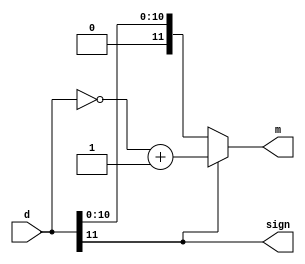
`timescale 1ns / 1ps

module twos_complement_to_sign_mag(
    input wire [11:0] d,
    output wire [11:0] m,
    output wire sign
);

    assign sign = d[11];
    assign m = sign ? (~d + 1'b1) : d;

endmodule